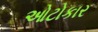
ઓટોકાર